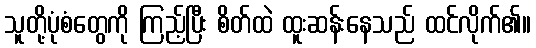
သူတို့ပုံစံတွေကို ကြည့်ပြီး စိတ်ထဲ ထူးဆန်းနေသည် ထင်လိုက်၏။